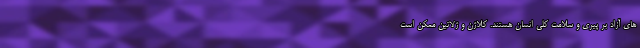
های آزاد بر پیری و سلامت کلی انسان هستند. کلاژن و ژلاتین ممکن است